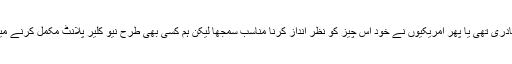
یہ ضیا الحق کی بہادری تھی یا پھر امریکیوں نے خود اس چیز کو نظر انداز کرنا مناسب سمجھا لیکن ہم کسی بھی طرح نیو کلیر پلانٹ مکمل کرنے میں کامیاب ہو گئے۔